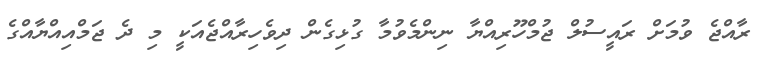
ރާއްޖެ ވުމަށް ރައީސުލް ޖުމްހޫރިއްޔާ ނިންމެވުމާ ގުޅިގެން ދިވެހިރާއްޖެއަކީ މި ދެ ޖަމްއިއްޔާއްގެ